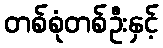
တစ်စုံတစ်ဦးနှင့်